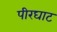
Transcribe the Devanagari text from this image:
पीरघाट